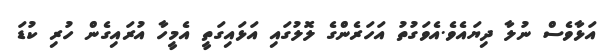
އަޅާވެސް ނުލާ ދިޔައެވެ.އެވަގުތު އަހަރެންގެ ލޮލުގައި އަޅައިގަތީ އެމީހާ އުރައިގެން ހުރި ކުޑަ